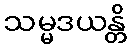
သမ္မဒယန္တိ